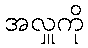
အလှူကို